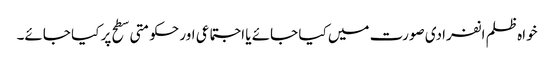
خواہ ظلم انفرادی صورت میں کیا جائے یا اجتماعی اور حکومتی سطح پر کیا جائے۔